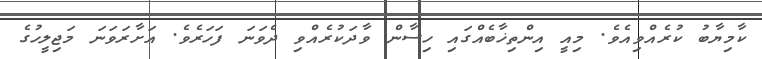
ކާމިޔާބު ކުރެއްވިއެވެ. މިއީ އިންތިޚާބެއްގައި ހިސާން ވާދަކުރެއްވި ދެވަނަ ފަހަރެވެ. އަށާރަވަަނަ މަޖިލީހުގެ